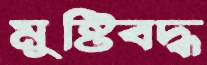
মুষ্টিবদ্ধ